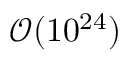
\mathcal { O } ( 1 0 ^ { 2 4 } )